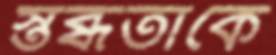
স্তব্ধতাকে